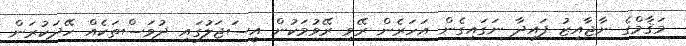
މަޤާމްގެ ނާޖާއިޒު ފައިދާ ނަގައިގެން އަހަރެން ރޭވި ރޭވުމަކުން އީސަޖަލުގައި ދުވަސްތަކެއް ހޭދަކުރަން